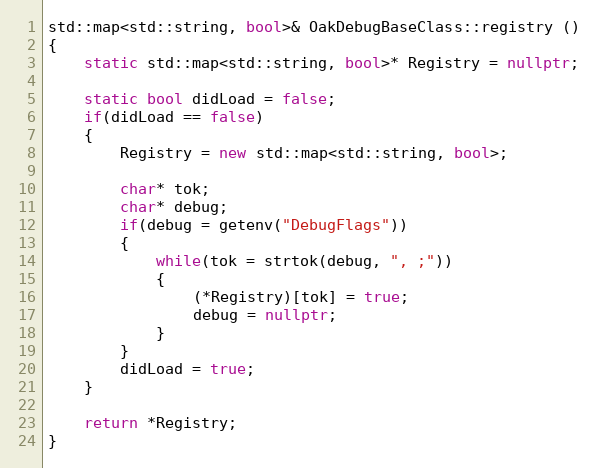
Language: C++
std::map<std::string, bool>& OakDebugBaseClass::registry ()
{
	static std::map<std::string, bool>* Registry = nullptr;

	static bool didLoad = false;
	if(didLoad == false)
	{
		Registry = new std::map<std::string, bool>;

		char* tok;
		char* debug;
		if(debug = getenv("DebugFlags"))
		{
			while(tok = strtok(debug, ", ;"))
			{
				(*Registry)[tok] = true;
				debug = nullptr;
			}
		}
		didLoad = true;
	}

	return *Registry;
}